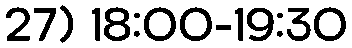
27) 18:00-19:30